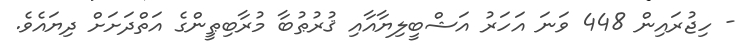
- ހިޖުރައިން 448 ވަނަ އަހަރު އަޝްބީލިޔާއާއި ޤުރުޠުބާ މުރާބިޠީންގެ އަތްދަށަށް ދިޔައެވެ.